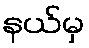
နယ်မှ